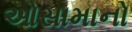
ઓસામાનો